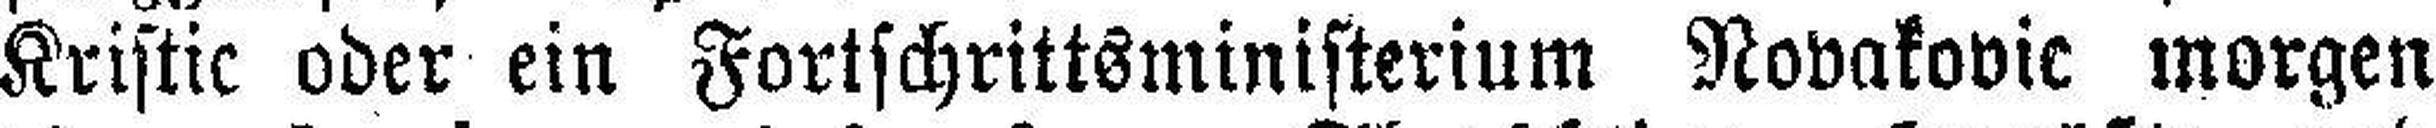
Kristic oder ein Fortschrittsministerium Novakovic morgen